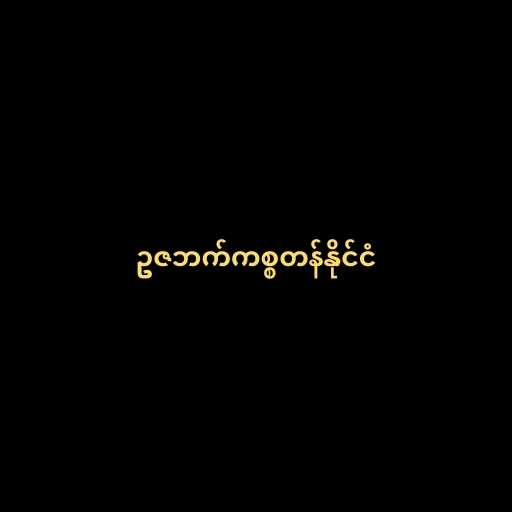
ဥဇဘက်ကစ္စတန်နိုင်ငံ